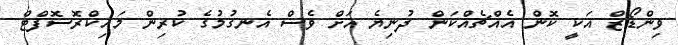
ވިންޑޯޒް އަކީ ކޮން އެއްޗެއްކަން ދުނިޔެ އަށް ވެސް އެނގުމުގެ ކުރިން މައިކްރޮސޮފްޓް